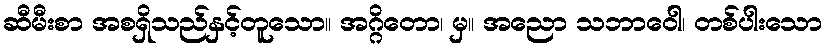
ဆီမီးစာ အစရှိသည်နှင့်တူသော။ အဂ္ဂိတော၊ မှ။ အညော သဘာဝေါ၊ တစ်ပါးသော